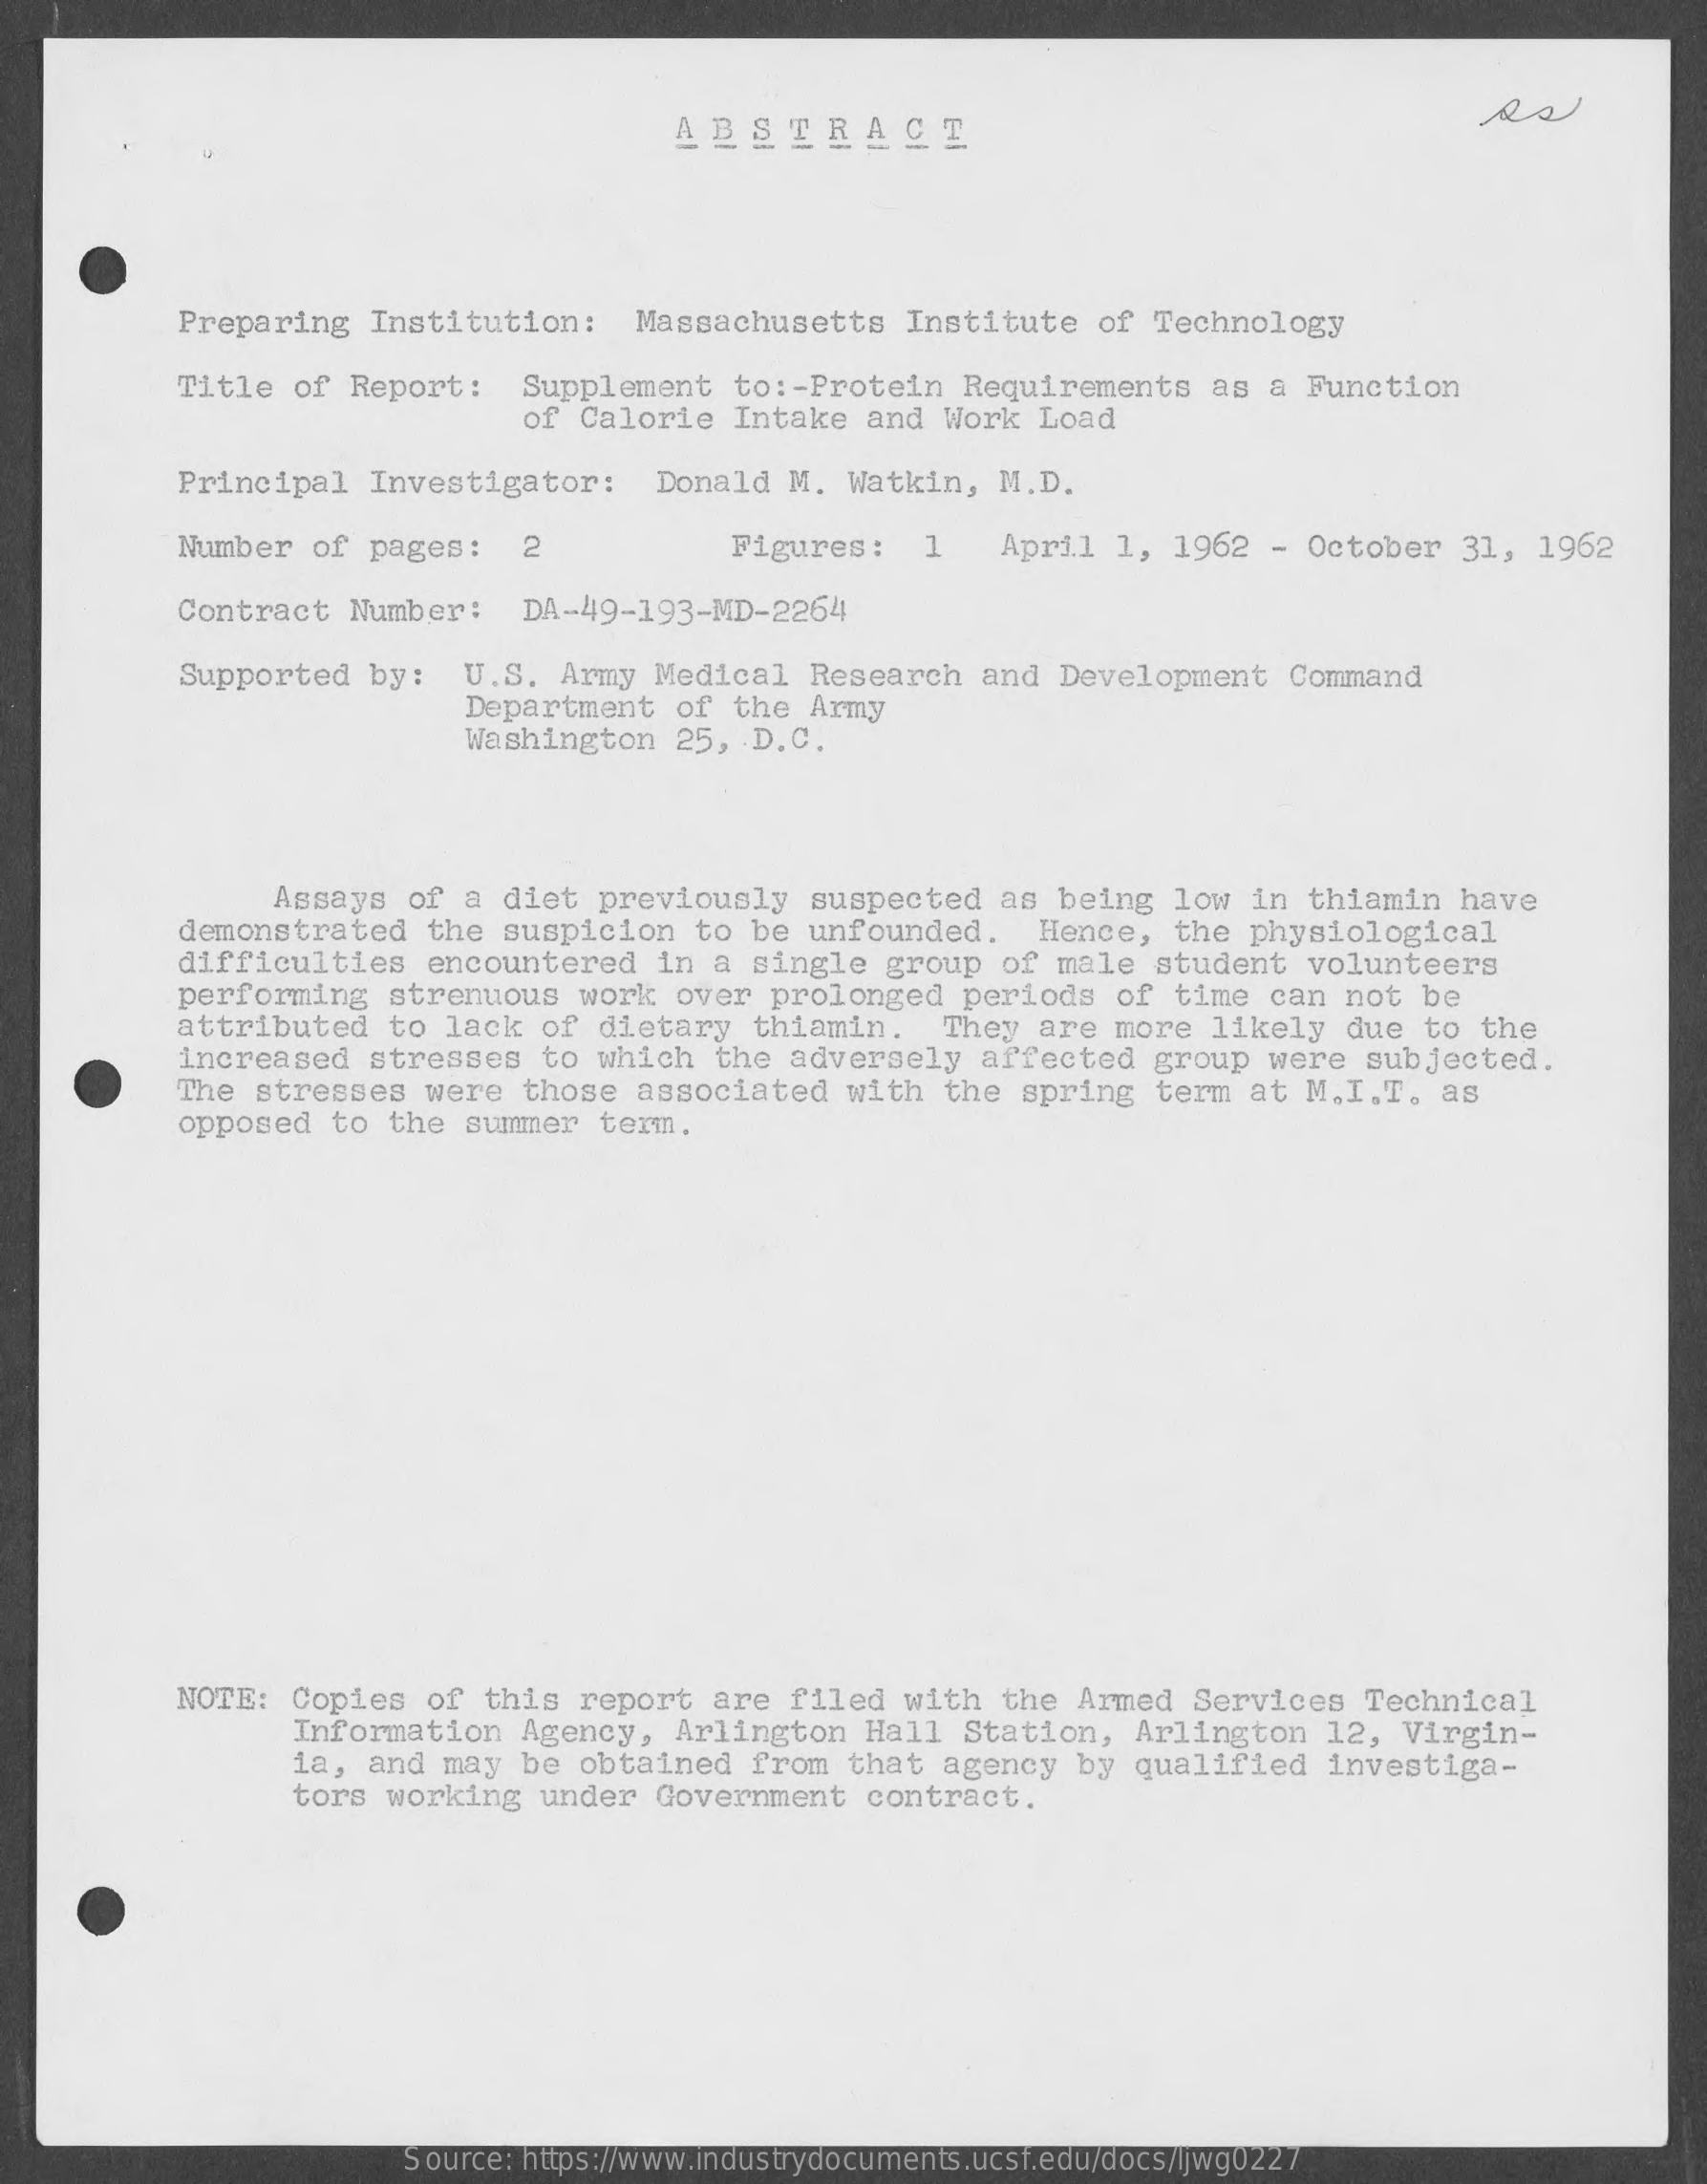
ABSTRACT
     Preparing Institution: Massachusetts Institute of Technology
     Title of Report: Supplement to :- Protein Requirements as a Function
     of Calorie Intake and Work Load
     Principal Investigator: Donald M. Watkin, M.D.
     Number of pages: 2    Figures: 1  April 1, 1962 - October 31, 1962
     Contract Number: DA-49-193-MD-2264
     Supported by: U.S. Army Medical Research and Development Command
     Department of the Army
     Washington 25, D.C.
     Assays of a diet previously suspected as being low in thiamin have
     demonstrated the suspicion to be unfounded. Hence, the physiological
     difficulties encountered in a single group of male student volunteers
     performing strenuous work over prolonged periods of time can not be
     attributed to lack of dietary thiamin. They are more likely due to the
     increased stresses to which the adversely affected group were subjected.
     The stresses were those associated with the spring term at M.I.T. as
     opposed to the summer term.
     NOTE: Copies of this report are filed with the Armed Services Technical
     Information Agency, Arlington Hall Station, Arlington 12, Virgin-
     la, and may be obtained from that agency by qualified investiga-
     tors working under Government contract.
     Source: https://www.industrydocuments.ucsf.edu/docs/ljwg0227